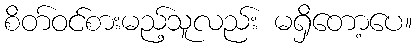
စိတ်ဝင်စားမည့်သူလည်း မရှိတော့ပေ။